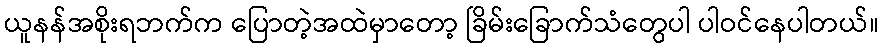
ယူနန်အစိုးရဘက်က ပြောတဲ့အထဲမှာတော့ ခြိမ်းခြောက်သံတွေပါ ပါဝင်နေပါတယ်။